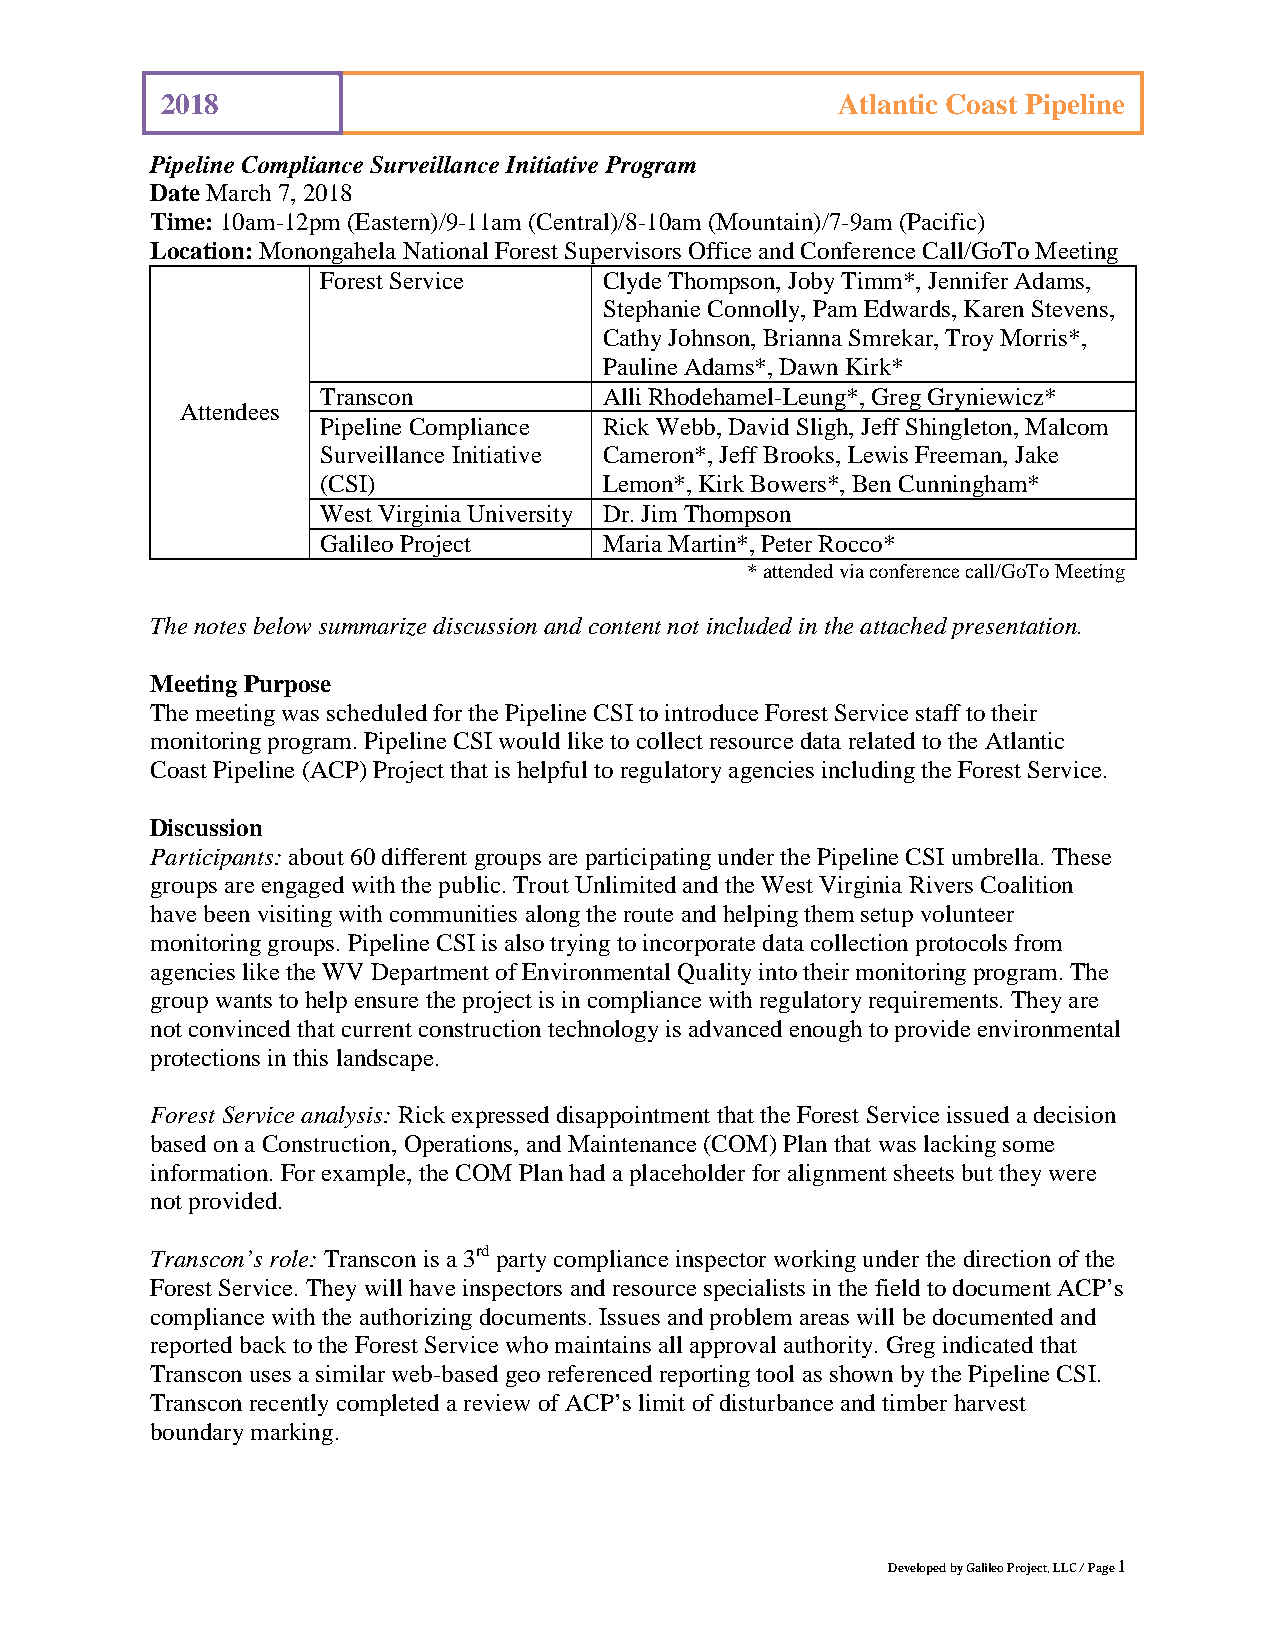
2018                                        Atlantic Coast Pipeline
 Pipeline Compliance Surveillance Initiative Program
 Date March 7, 2018
 Time: 10am-12pm (Eastern)/9-11am (Central)/8-10am (Mountain)/7-9am (Pacific)
 Location: Monongahela National Forest Supervisors Office and Conference Call/GoTo Meeting
 Forest Service     Clyde Thompson, Joby Timm*, Jennifer Adams,
 Stephanie Connolly, Pam Edwards, Karen Stevens,
 Cathy Johnson, Brianna Smrekar, Troy Morris*,
 Pauline Adams*, Dawn Kirk*
 Transcon           Alli Rhodehamel-Leung*, Greg Gryniewicz*
 Attendees
 Pipeline Compliance Rick Webb, David Sligh, Jeff Shingleton, Malcom
 Surveillance Initiative Cameron*, Jeff Brooks, Lewis Freeman, Jake
 (CSI)              Lemon*, Kirk Bowers*, Ben Cunningham*
 West Virginia University Dr. Jim Thompson
 Galileo Project    Maria Martin*, Peter Rocco*
 * attended via conference call/GoTo Meeting
 The notes below summarize discussion and content not included in the attached presentation.
 Meeting Purpose
 The meeting was scheduled for the Pipeline CSI to introduce Forest Service staff to their
 monitoring program. Pipeline CSI would like to collect resource data related to the Atlantic
 Coast Pipeline (ACP) Project that is helpful to regulatory agencies including the Forest Service.
 Discussion
 Participants: about 60 different groups are participating under the Pipeline CSI umbrella. These
 groups are engaged with the public. Trout Unlimited and the West Virginia Rivers Coalition
 have been visiting with communities along the route and helping them setup volunteer
 monitoring groups. Pipeline CSI is also trying to incorporate data collection protocols from
 agencies like the WV Department of Environmental Quality into their monitoring program. The
 group wants to help ensure the project is in compliance with regulatory requirements. They are
 not convinced that current construction technology is advanced enough to provide environmental
 protections in this landscape.
 Forest Service analysis: Rick expressed disappointment that the Forest Service issued a decision
 based on a Construction, Operations, and Maintenance (COM) Plan that was lacking some
 information. For example, the COM Plan had a placeholder for alignment sheets but they were
 not provided.
 Transcon’s role: Transcon is a 3rd party compliance inspector working under the direction of the
 Forest Service. They will have inspectors and resource specialists in the field to document ACP’s
 compliance with the authorizing documents. Issues and problem areas will be documented and
 reported back to the Forest Service who maintains all approval authority. Greg indicated that
 Transcon uses a similar web-based geo referenced reporting tool as shown by the Pipeline CSI.
 Transcon recently completed a review of ACP’s limit of disturbance and timber harvest
 boundary marking.
 Developed by Galileo Project, LLC / Page 1